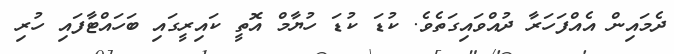
ދެމައިން އެއްފަހަރާ ދުއްވައިގަތެވެ. ކުޑަ ކުޑަ ހުޔާމް އޮތީ ކައިރީގައި ބަހައްޓާފައި ހުރި